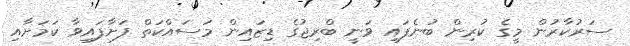
ސަރުކާރުން މީގެ ކުރިން ބުނެފައި ވަނީ ބްރިޖުގެ ޑިޒައިން މަސައްކަތް ފަށާފައިވާ ކަމަށާއި